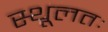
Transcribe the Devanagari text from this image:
स्थूलतः